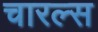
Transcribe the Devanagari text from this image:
चारल्स